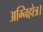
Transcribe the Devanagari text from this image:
अग्निहोत्र।